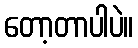
တော့တာပါပဲ။